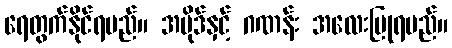
ရေတွက်နိုင်ရမည်။ အပိုဒ်နှင့် ဂဏန်း အလေးပြုရမည်။